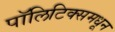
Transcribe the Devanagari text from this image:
पॉलिटिक्समधून